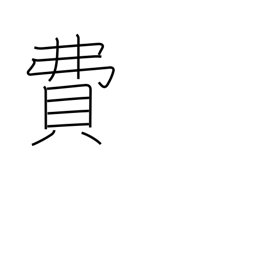
Meaning: expense